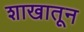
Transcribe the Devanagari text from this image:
शाखातून